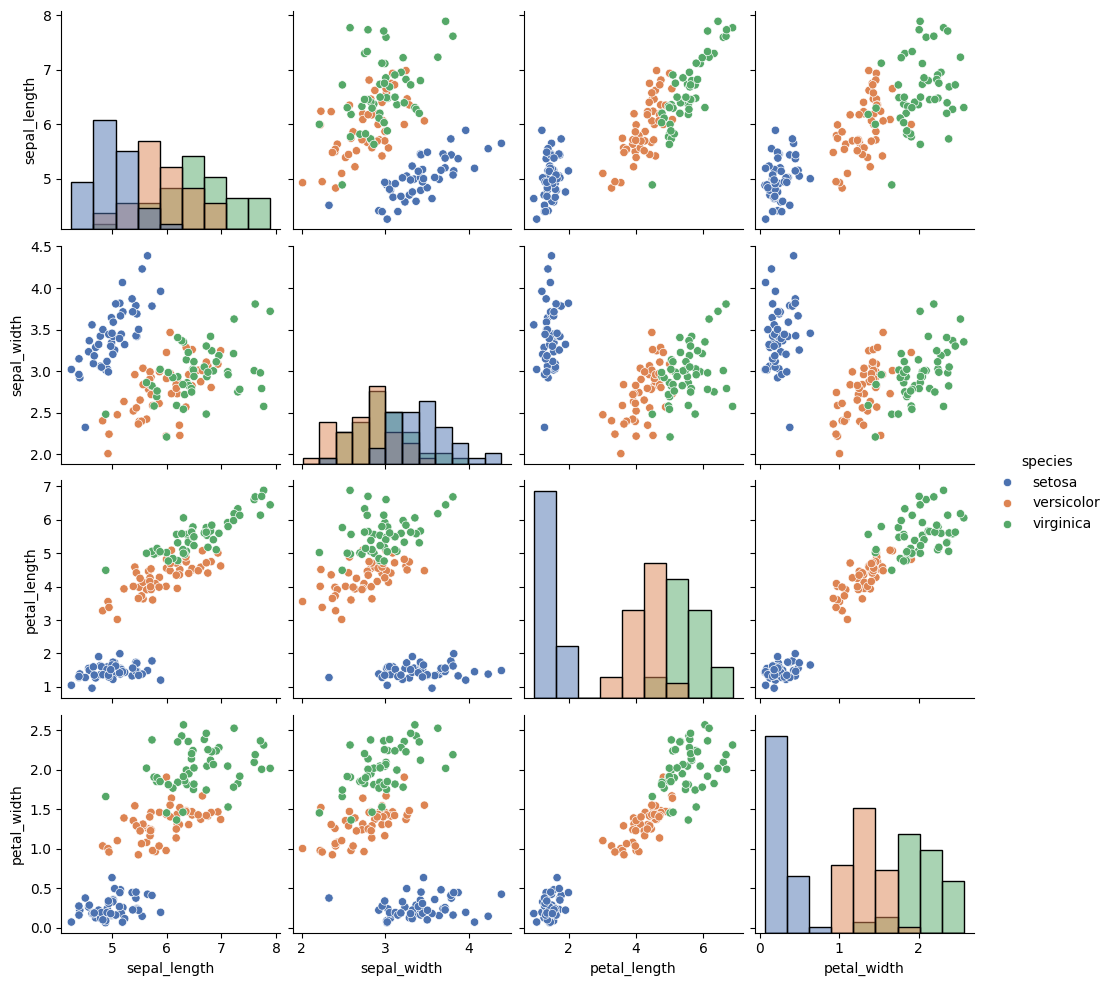
python, seaborn, pairplot, palette='deep', markers=['o'], kind='scatter', diag_kind='hist'